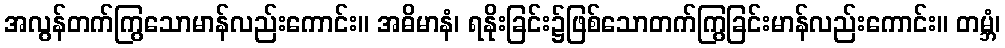
အလွန်တက်ကြွသောမာန်လည်းကောင်း။ အဓိမာနံ၊ ရနိုးခြင်း၌ဖြစ်သောတက်ကြွခြင်းမာန်လည်းကောင်း။ တမ္ဘံ၊